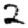
Digit: 2